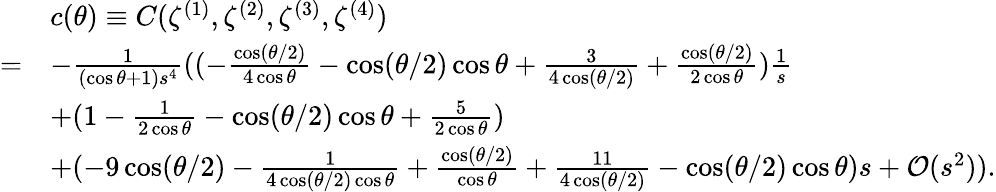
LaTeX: \begin{array}{rl}&{c(\theta)\equiv C(\zeta^{(1)},\zeta^{(2)},\zeta^{(3)},\zeta^{(4)})}\\ {=}&{-\frac{1}{(\cos\theta+1)s^{4}}((-\frac{\cos({\theta}/{2})}{4\cos\theta}-\cos({\theta}/{2})\cos\theta+\frac{3}{4\cos({\theta}/{2})}+\frac{\cos({\theta}/{2})}{2\cos\theta})\frac{1}{s}}\\ &{+(1-\frac{1}{2\cos\theta}-\cos({\theta}/{2})\cos\theta+\frac{5}{2\cos\theta})}\\ &{+(-9\cos({\theta}/{2})-\frac{1}{4\cos({\theta}/{2})\cos\theta}+\frac{\cos({\theta}/{2})}{\cos\theta}+\frac{11}{4\cos({\theta}/{2})}-\cos({\theta}/{2})\cos\theta)s+\mathcal{O}(s^{2})).}\end{array}